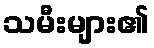
သမီးများ၏